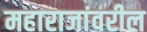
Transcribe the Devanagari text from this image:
महाराजांवरील